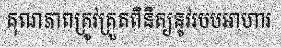
គុណភាពត្រូវត្រួតពិនិត្យនូវរបបអាហារ